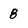
Character: 8